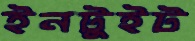
ইনটুইট